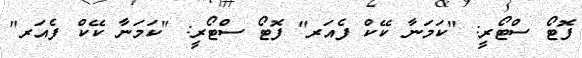
ފޮޓޯ ސްޓޯރީ: "ކަމަނާ ކޭކް ފެއަރ" ފޮޓޯ ސްޓޯރީ: "ކަމަނާ ކޭކް ފެއަރ"